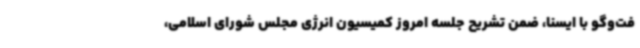
فت‌وگو با ایسنا، ضمن تشریح جلسه امروز کمیسیون انرژی مجلس شورای اسلامی،